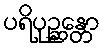
ပရိပုဉ္ဆန္တော